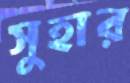
সুহার